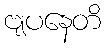
ဗျပနေတိ